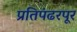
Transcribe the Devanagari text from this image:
प्रतिपंढरपूर